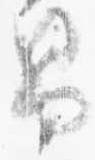
男